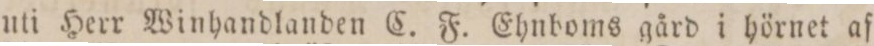
uti Herr Winhandlanden C. F. Ehnboms gård i hörnet af